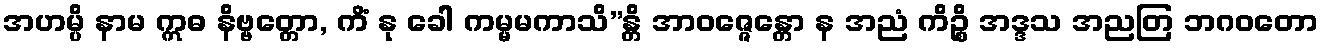
အဟမ္ပိ နာမ ဣဓ နိဗ္ဗတ္တော, ကိံ နု ခေါ ကမ္မမကာသိ”န္တိ အာဝဇ္ဇေန္တော န အညံ ကိဉ္စိ အဒ္ဒသ အညတြ ဘဂဝတော